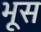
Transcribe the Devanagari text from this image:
भूस